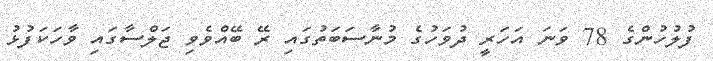
ފުލުހުންގެ 78 ވަނަ އަހަރީ ދުވަހުގެ މުނާސަބަތުގައި ރޭ ބޭއްވެވި ޖަލްސާގައި ވާހަކަފުޅު